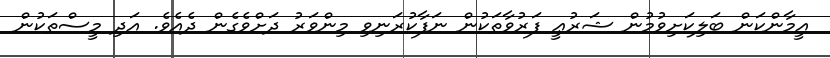
އީމާންކަން ބަލިކަށިވުމުން ޝަރުޢީ ފަރުވާތަކުން ނަފާކުރަނިވި މިންވަރު ދަށްވެގެން ދެއެވެ. އަދި މީސްތަކުން